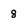
Character: 8